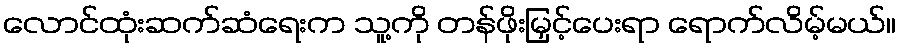
လောင်ထုံးဆက်ဆံရေးက သူ့ကို တန်ဖိုးမြှင့်ပေးရာ ရောက်လိမ့်မယ်။